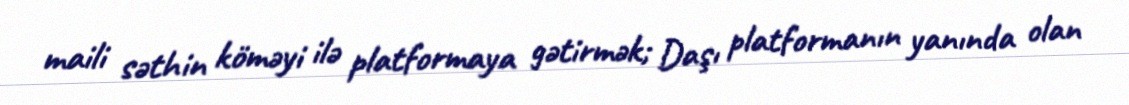
maili səthin köməyi ilə platformaya gətirmək; Daşı platformanın yanında olan